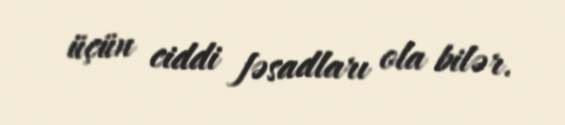
üçün ciddi fəsadları ola bilər.